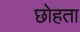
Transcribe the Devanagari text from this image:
छोहता